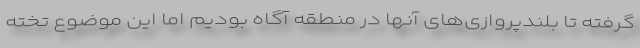
گرفته تا بلندپروازی‌های آنها در منطقه آگاه بودیم اما این موضوع تخته